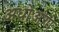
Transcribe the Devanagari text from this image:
अधोअंगो